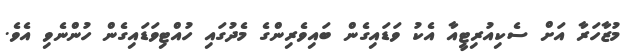
މުޒާހަރާ އަށް ސެކިއުރިޓީއާ އެކު ވަޑައިގެން ބައިވެރިންގެ މެދުގައި ހުއްޓިވަޑައިގެން ހުންނެވި އެވެ.